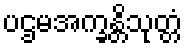
ပဌမအက္ခန္တိသုတ္တံ